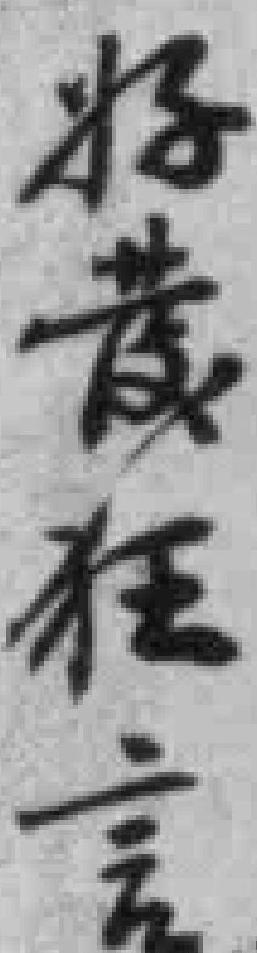
好發狂言